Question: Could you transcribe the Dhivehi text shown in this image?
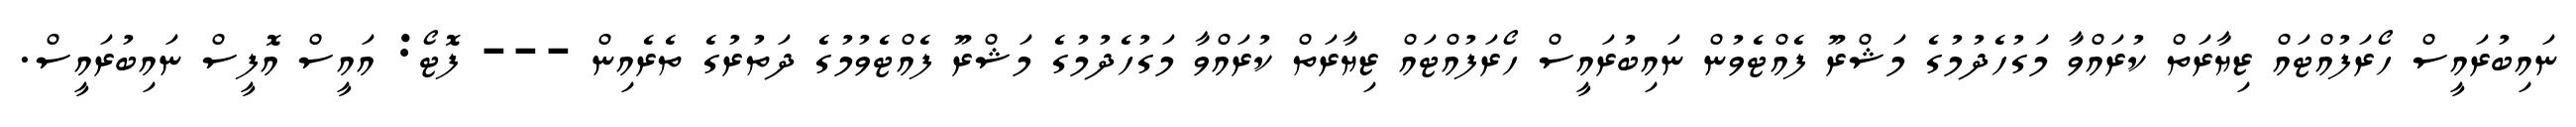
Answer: ނައިބުރައީސް ހޯރަފުއްޓައް ޒިޔާރަތް ކުރައްވާ މަގުހެދުމުގެ މަޝްރޫ ފެއްޓެވުން ނައިބުރައީސް ހޯރަފުއްޓައް ޒިޔާރަތް ކުރައްވާ މަގުހެދުމުގެ މަޝްރޫ ފެއްޓެވުމުގެ ދަތުރުގެ ތެރެއިން --- ފޮޓޯ: އައީސް އޮފީސް ނައިބުރައީސް.